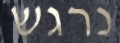
נרגש